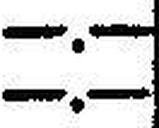
—.—